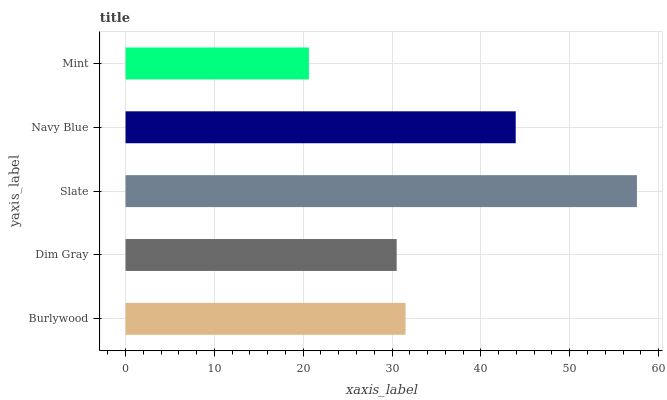
| yaxis_label | bars |
 | --- | --- |
 | Burlywood | 31.5 |
 | Dim Gray | 30.5 |
 | Slate | 57.6 |
 | Navy Blue | 43.9 |
 | Mint | 20.6 |